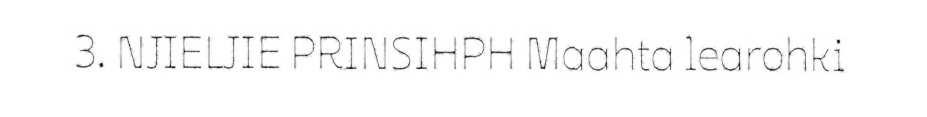
3. NJIELJIE PRINSIHPH Maahta learohki